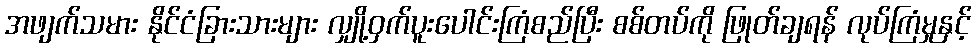
အဖျက်သမား နိုင်ငံခြားသားများ လျှို့ဝှက်ပူးပေါင်းကြံစည်ပြီး စစ်တပ်ကို ဖြုတ်ချရန် လုပ်ကြံမှုနှင့်